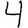
Digit: 4